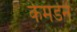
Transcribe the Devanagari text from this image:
केमडेन